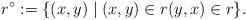
LaTeX: \begin{align*} r^\circ := \{ (x,y) \mid (x,y) \in r (y,x) \in r \}.\end{align*}